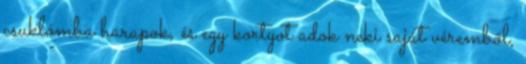
csuklómba harapok, és egy kortyot adok neki saját véremből,